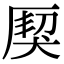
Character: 𤟐